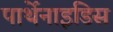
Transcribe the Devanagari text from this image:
पार्थेनाइडिस